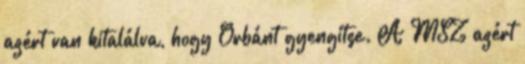
azért van kitalálva, hogy Orbánt gyengítse. A MSZ azért